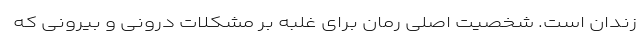
زندان است. شخصیت اصلی رمان برای غلبه بر مشکلات درونی و بیرونی‌ که